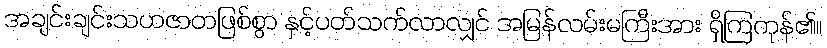
အချင်းချင်းသဟဇာတဖြစ်စွာ နှင့်ပတ်သက်လာလျှင် အမြန်လမ်းမကြီးအား ရှိကြကုန်၏။